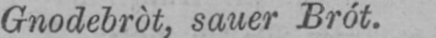
Gnodebròt, sauer Brót.